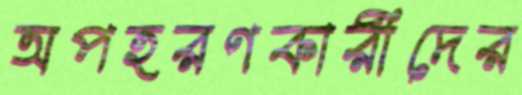
অপহরণকারীদের